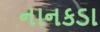
નાનકડા